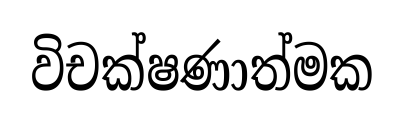
විචක්ෂණාත්මක